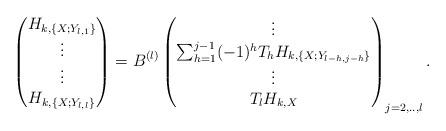
LaTeX: \begin{align*}\begin{pmatrix}H_{k,\{X;Y_{l,1}\}} \\\vdots \\\vdots \\H_{k,\{X;Y_{l,l}\}} \\\end{pmatrix}=B^{(l)}\begin{pmatrix}\vdots \\\sum_{h=1}^{j-1} (-1)^h T_{h} H_{k,\{X;Y_{l-h,j-h}\}} \\\vdots \\T_{l}H_{k,X} \\\end{pmatrix}_{j=2,..,l}.\end{align*}